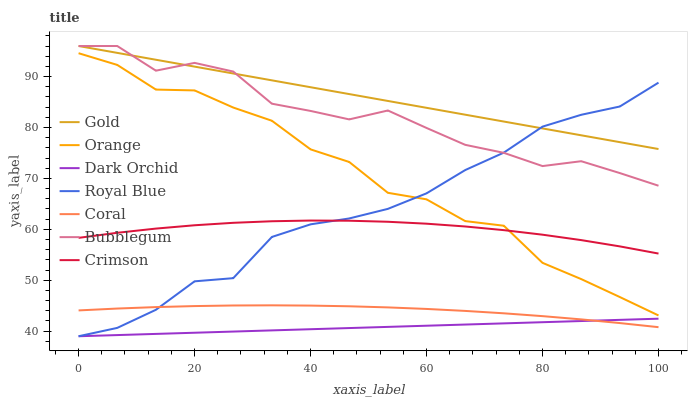
| xaxis_label | Gold | Orange | Dark Orchid | Royal Blue | Coral | Bubblegum | Crimson |
 | --- | --- | --- | --- | --- | --- | --- | --- |
 | 0 | 96 | 94.6 | 39 | 39 | 44.1 | 96 | 58.3 |
 | 6.67 | 94.7 | 92.3 | 39.2 | 40.6 | 44.4 | 96 | 59.3 |
 | 13.3 | 93.3 | 87.4 | 39.5 | 44.2 | 44.7 | 91.2 | 60.1 |
 | 20 | 92 | 87.3 | 39.7 | 49.8 | 44.9 | 92.7 | 60.8 |
 | 26.7 | 90.6 | 83.9 | 39.9 | 50.4 | 45 | 91 | 61.3 |
 | 33.3 | 89.3 | 81.3 | 40.1 | 58.5 | 45.1 | 84.7 | 61.6 |
 | 40 | 87.9 | 75.7 | 40.4 | 61 | 45 | 83.3 | 61.7 |
 | 46.7 | 86.6 | 73.2 | 40.6 | 62.1 | 44.9 | 81.6 | 61.7 |
 | 53.3 | 85.2 | 67.2 | 40.8 | 64 | 44.7 | 83.3 | 61.5 |
 | 60 | 83.9 | 65.9 | 41.1 | 67.1 | 44.4 | 79.9 | 61.1 |
 | 66.7 | 82.5 | 61.6 | 41.3 | 71.6 | 44 | 76.6 | 60.6 |
 | 73.3 | 81.2 | 60.7 | 41.5 | 75.1 | 43.5 | 75 | 59.8 |
 | 80 | 79.8 | 53.4 | 41.8 | 80.2 | 43 | 72.4 | 58.9 |
 | 86.7 | 78.5 | 50.2 | 42 | 82.5 | 42.3 | 73.4 | 57.9 |
 | 93.3 | 77.1 | 46.7 | 42.2 | 84.1 | 41.6 | 71 | 56.6 |
 | 100 | 75.8 | 43.1 | 42.4 | 88.8 | 40.8 | 68.6 | 55.2 |